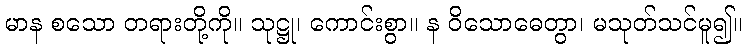
မာန စသော တရားတို့ကို။ သုဋ္ဌု၊ ကောင်းစွာ။ န ဝိသောဓေတွာ၊ မသုတ်သင်မူ၍။